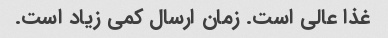
غذا عالی است. زمان ارسال کمی زیاد است.